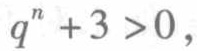
\(q^{n}+3>0,\)